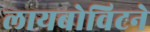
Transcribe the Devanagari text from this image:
लायबोविटने